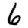
Digit: 6